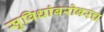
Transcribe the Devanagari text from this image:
सुविधांबरोबरच